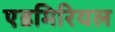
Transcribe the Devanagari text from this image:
एडमिरियल